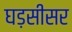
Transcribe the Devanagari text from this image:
घड़सीसर